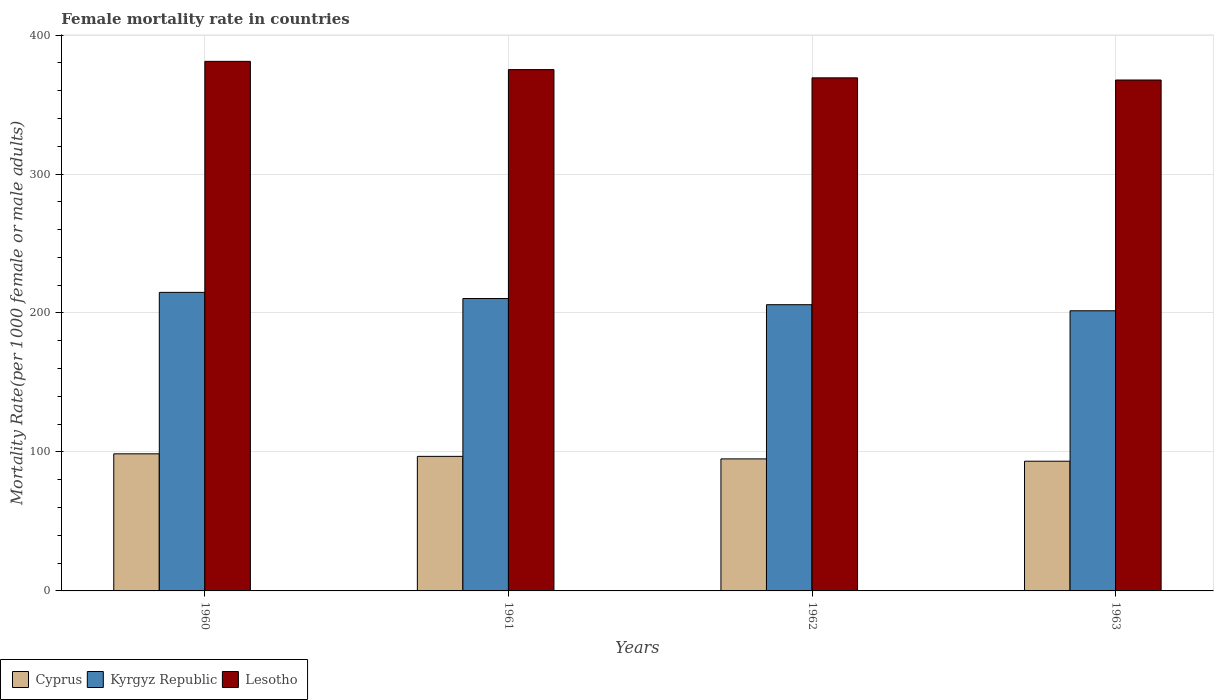
| Years | Cyprus | Kyrgyz Republic | Lesotho |
 | --- | --- | --- | --- |
 | 1960 | 98.7 | 215 | 381 |
 | 1961 | 96.8 | 210 | 375 |
 | 1962 | 95 | 206 | 369 |
 | 1963 | 93.3 | 202 | 368 |